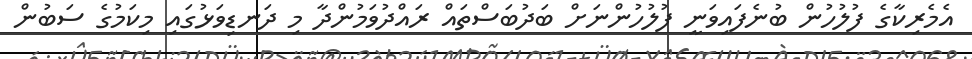
އެމެރިކާގެ ފުލުހުން ބުނެފައިވަނީ ފުލުހުންނަށް ބަދުބަސްތައް ރައްދުވަމުންދާ މި ދަނޑިވަޅުގައި މިކަމުގެ ސަަބުން